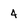
Character: 4